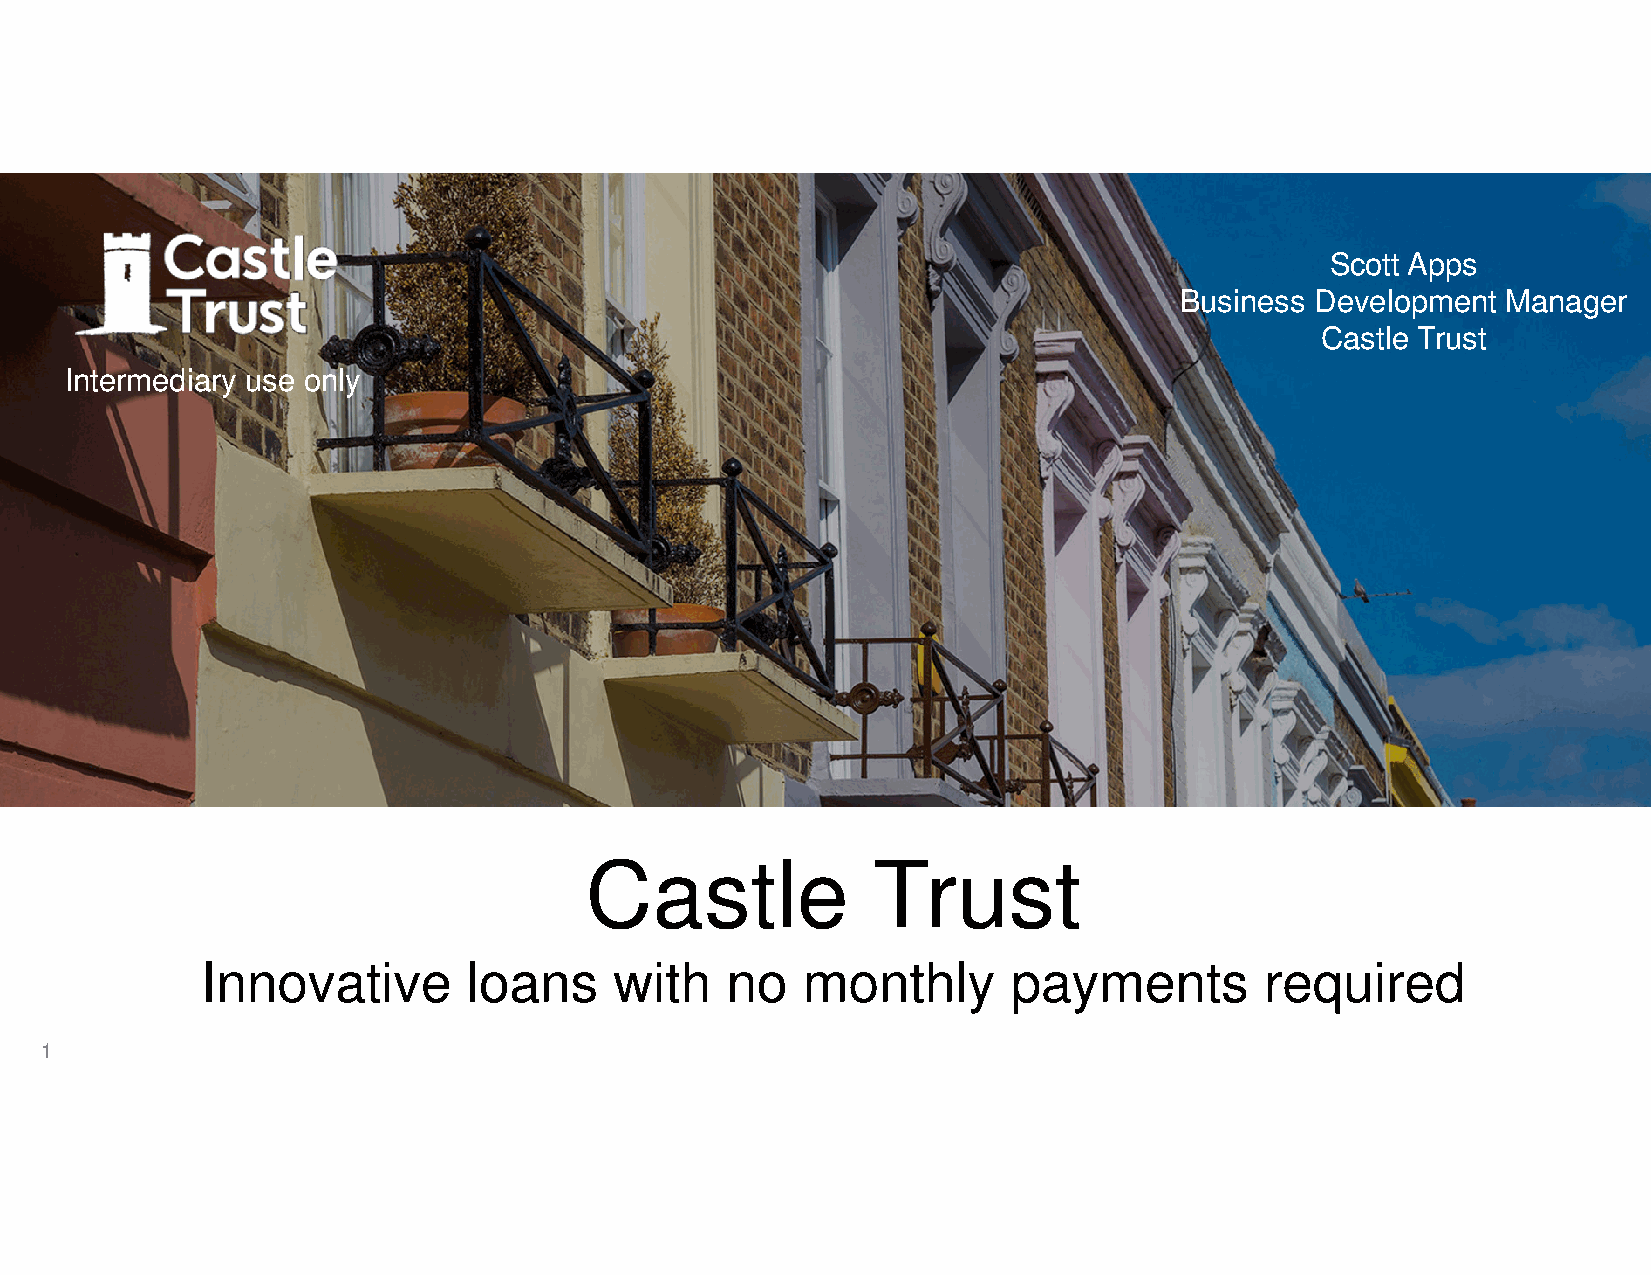
Scott Apps
 Business Development  Manager
 Castle Trust
 Intermediary use only
 Castle             Trust
 Innovative        loans     with   no   monthly       payments         required
 1